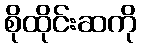
စိုထိုင်းဆကို